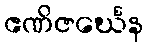
ဧဏိဇင်္ဃေန